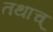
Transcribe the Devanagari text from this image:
तथाच्